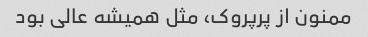
ممنون از پرپروک، مثل همیشه عالی بود